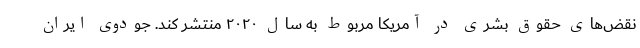
نقض‌های حقوق بشری در آمریکا مربوط به سال ۲۰۲۰ منتشر کند. جودوی ایران